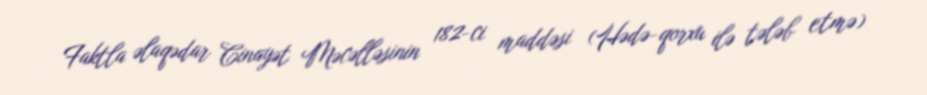
Faktla əlaqədar Cinayət Məcəlləsinin 182-ci maddəsi (Hədə-qorxu ilə tələb etmə)